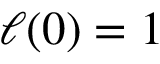
\ell ( 0 ) = 1